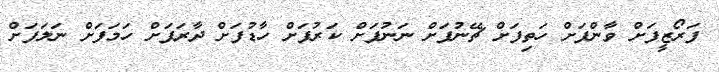
ފަރޯޒީފަށް ވާންފަށް ހަތިފަށް ޗޭނުފަށް ނަނުފަށް ކަރުފަށް ހާޑުފަށް ދާރަފަށް ހަމަފަށް ނަލަފަށް